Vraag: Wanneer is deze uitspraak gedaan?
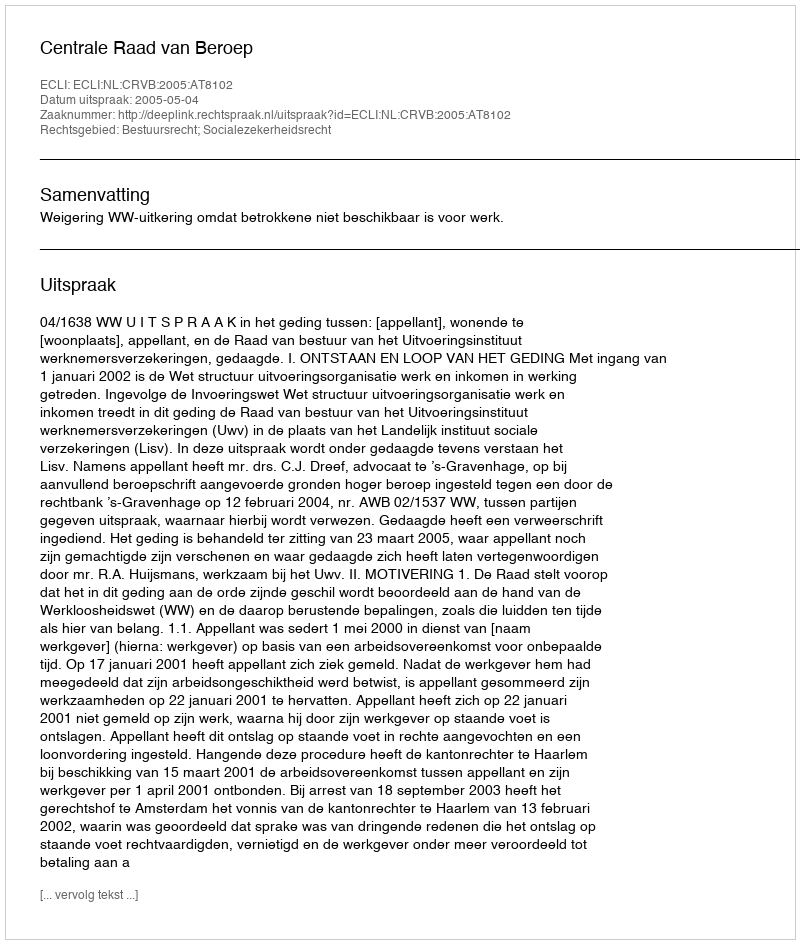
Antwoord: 2005-05-04